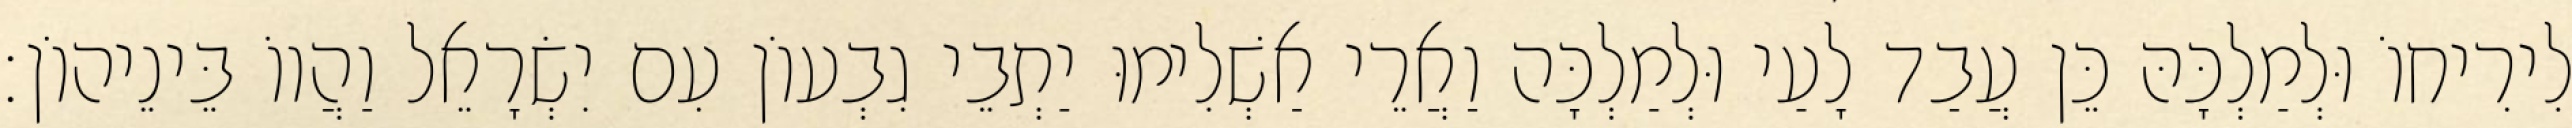
לִירִיחוֹ וּלְמַלְכָּהּ כֵּן עֲבַד לָעַי וּלְמַלְכָּה וַאֲרֵי אַשְׁלִימוּ יַתְבֵי גִבְעוֹן עִם יִשְׂרָאֵל וַהֲווֹ בֵּינֵיהוֹן׃